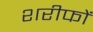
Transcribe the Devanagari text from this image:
शरीफों